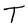
Character: T